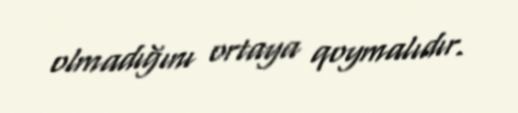
olmadığını ortaya qoymalıdır.